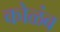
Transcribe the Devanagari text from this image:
कोळंब